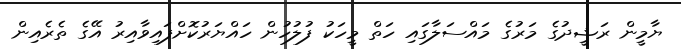
ޔާމީން ރަޝީދުގެ މަރުގެ މައްސަލާގައި ހަތް މީހަކު ފުލުހުން ހައްޔަރުކޮށްފައިވާއިރު އޭގެ ތެރެއިން